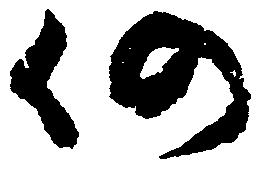
仍